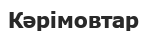
Кәрімовтар